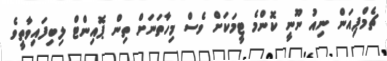
ޗެމްޕިއަން ނިއު ނޫނީ ކޮންމެ ޓީމަކަށް ވެސް މިހާތަނަށް ތިން ޕޮއިންޓް ލިބިފައިވާތީވެ